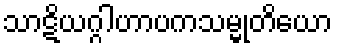
သာဋိယဂ္ဂါဟာပကသမ္မုတိယော